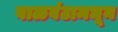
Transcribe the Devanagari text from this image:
वाळवंटामधून